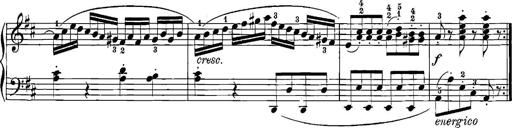
Title: 12 Sonatinas
Composer: Ignaz Pleyel